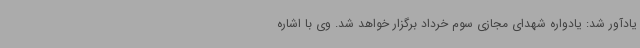
یادآور شد: یادواره شهدای مجازی سوم خرداد برگزار خواهد شد. وی با اشاره